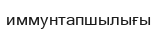
иммунтапшылығы